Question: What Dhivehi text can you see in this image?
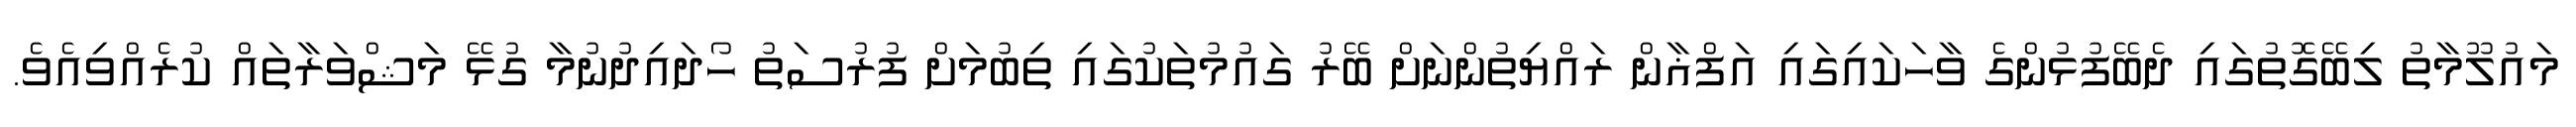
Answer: މައުލޫމާތު ލިބޭގޮތުގައި ދެބޭފުޅުންގެ ވާހަކައިގައި އަފްޣާން ރައްޔިތުންނަށް ބޭރު ގައުމުތަކުގައި ތިބުމަށް ފުރުސަތު ހޯދައިދުނުމާ ގުޅޭ މަޝްވަރާތައް ކުރެއްވިއެވެ.